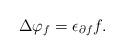
LaTeX: \begin{align*}\Delta \varphi_f = \epsilon_{\partial f} f.\end{align*}